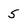
Character: 5